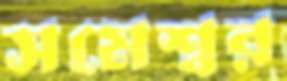
সমেশ্বর